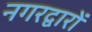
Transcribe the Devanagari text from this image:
नगरद्वारों